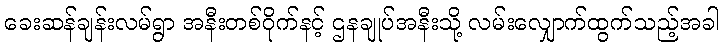
ခေးဆန်ချန်းလမ်ရွာ အနီးတစ်ဝိုက်နင့် ဌနချုပ်အနီးသို့ လမ်းလျှောက်ထွက်သည့်အခါ